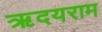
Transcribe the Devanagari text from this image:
ऋदयराम